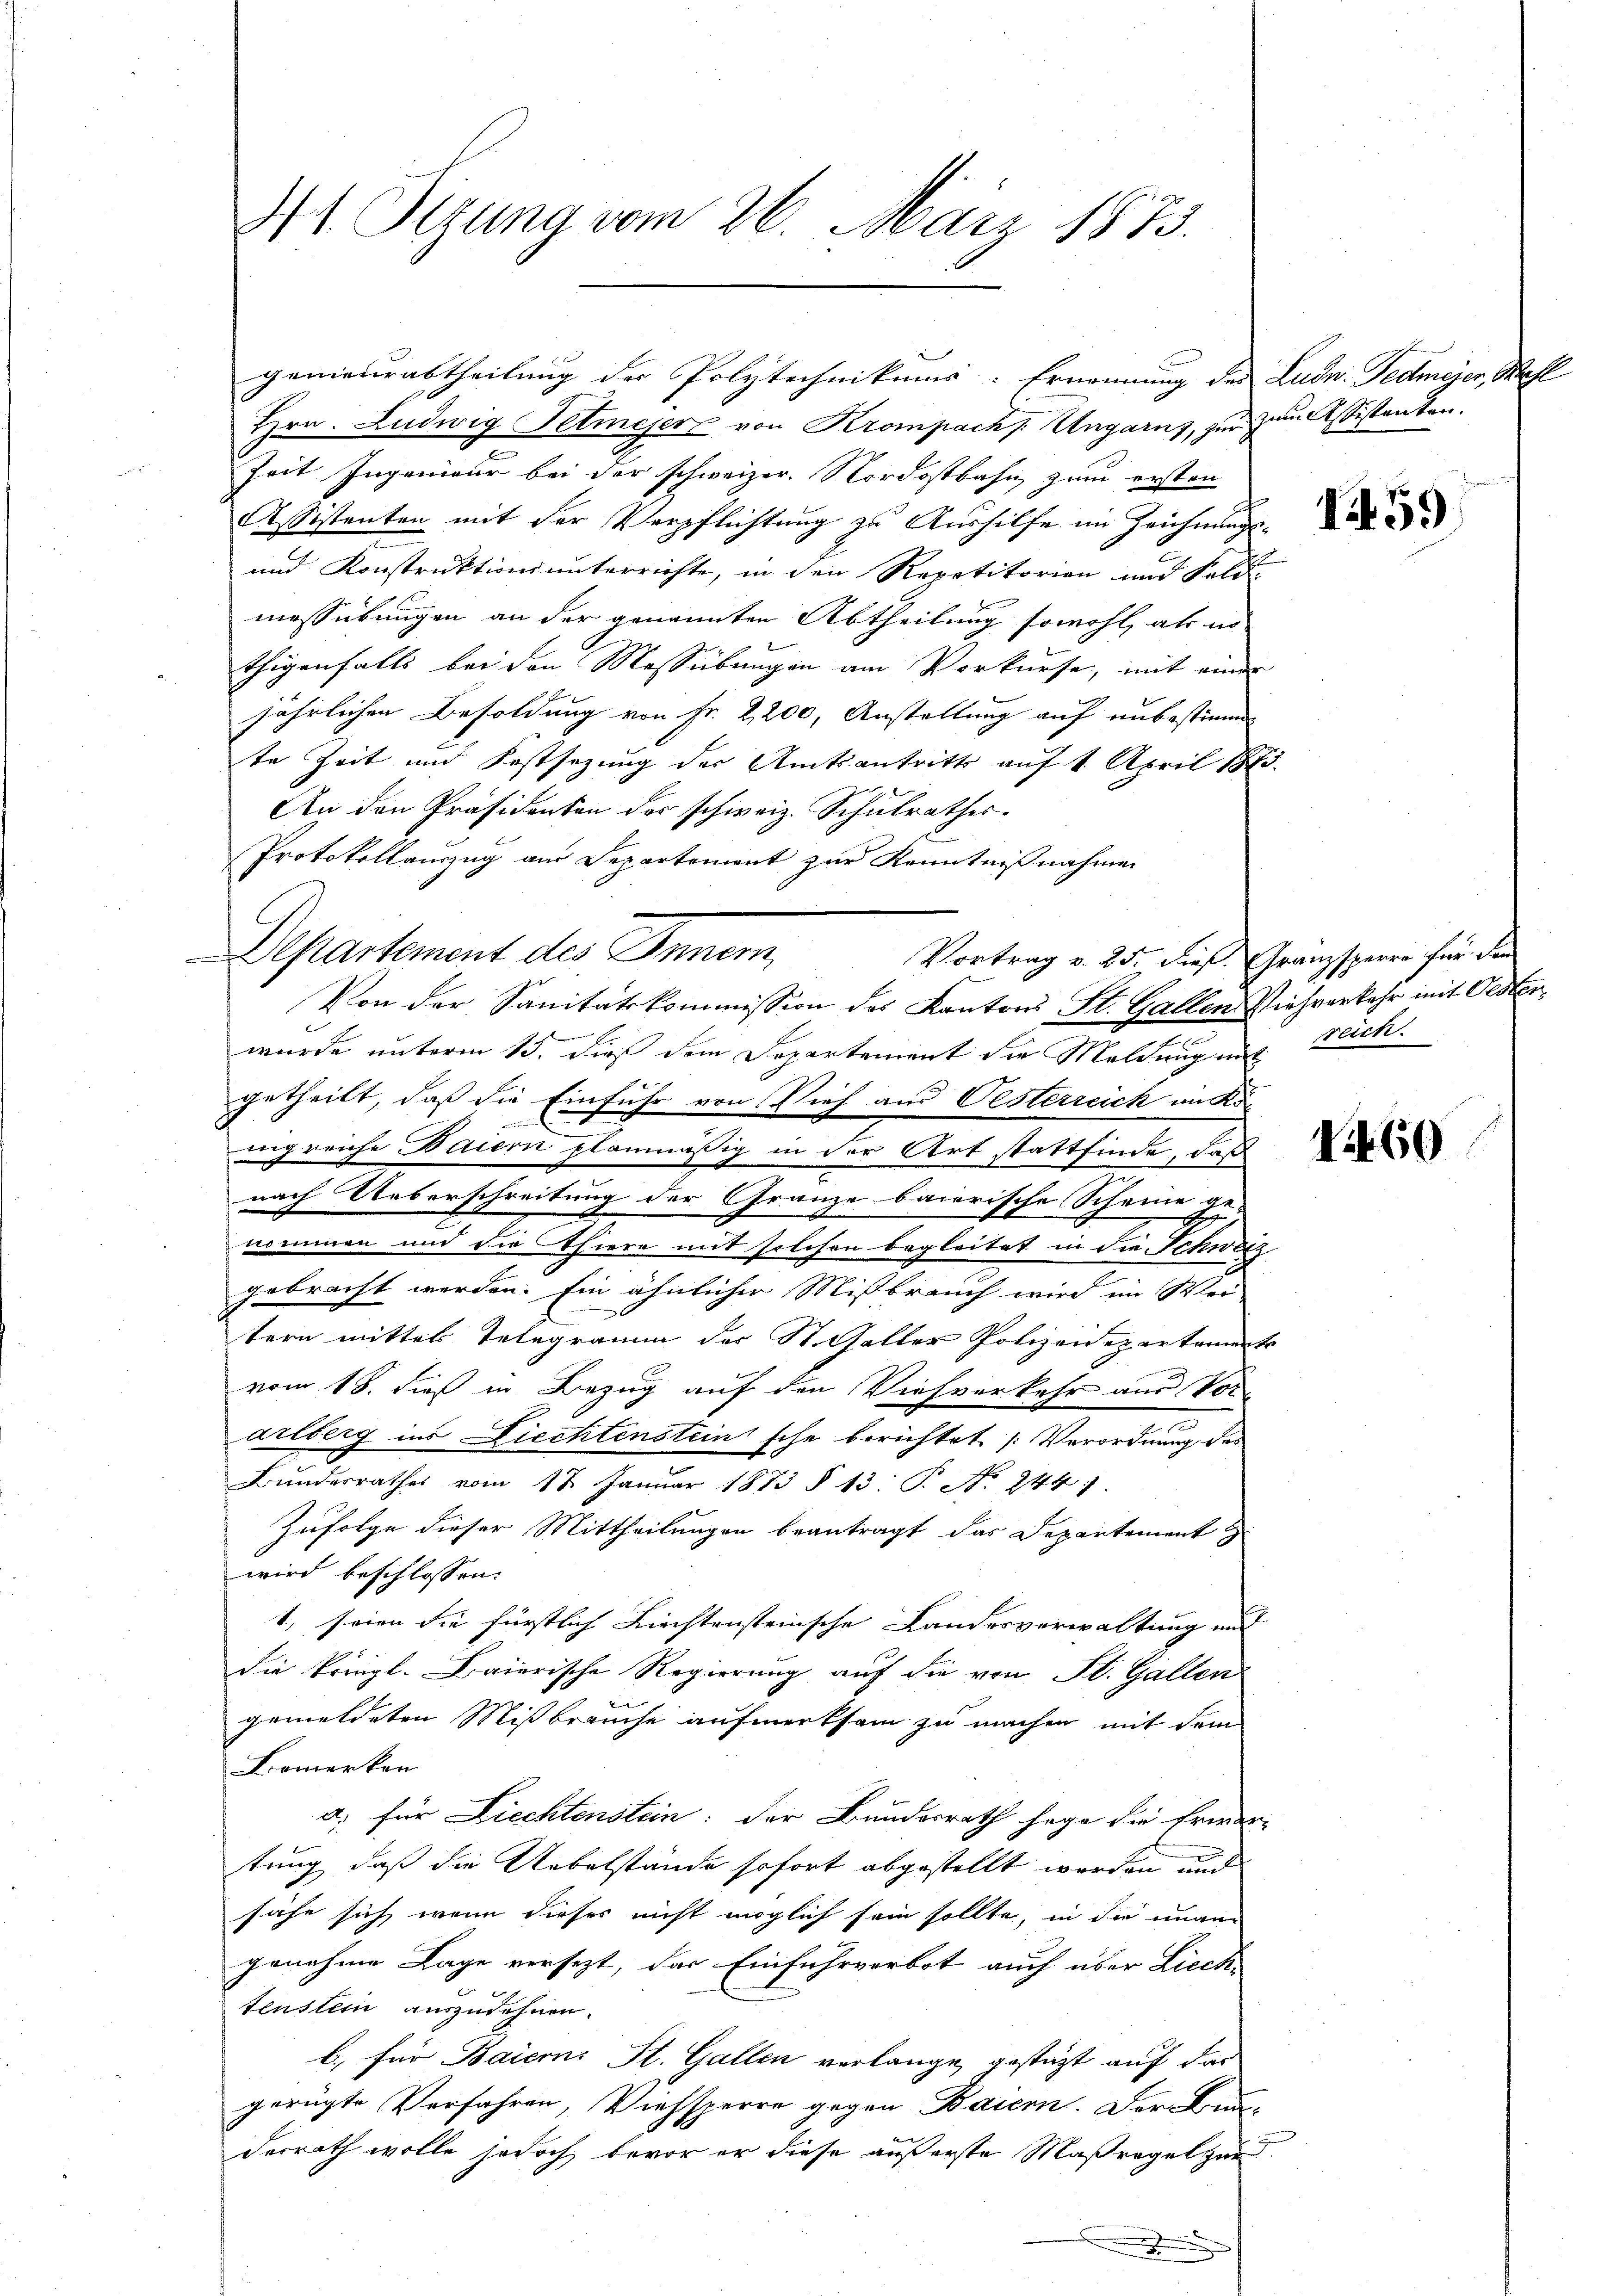
4t. Sizung vom 26. März 1873.

Hrn. Ludwig Fetmeyer von Krompach. Ungarns, zur zu sistanten.
Zeit Ingenieur bei der schweizer. Nordostbahn zum ersten
Assistenten mit der Verpflichtung zu Aushilfe im Zeichnungs-
und Konstruktionsunterrichte, in den Repetitorien und Feld-
messübungen an der genannten Abtheilung sowohl, als unthigenfalls bei den Messübungen am Vorkurse, mit einer
jährlichen Besoldung von Fr. 2200, Anstellung auf unbestimm
te Zeit und Festsezung der Amtsantritts auf 1. April 1873.
An den Präsidenten der schweiz. Schulrathes.
Protokollauszug am Departement zur Kenntnißnahmen
Departement des Innern,
Von der Sanitätskommission des Kantons St. Gallen Viehverkehr mit Oester¬
.
wurde unterm 15. dieß dem Departement die Meldung mit reich
getheilt, daß die Einfuhr von Vieh aus Oesterreich im Könngreiche Baiern planmäßig in der Art stattfinde, daß
nach Ueberschreitung der Granze baierische Scheine ge-
nommen und die Thiere mit solchen begleitet in die Schweiz
gebracht werden. Ein ähnlicher Mißbrauch wird im Wei-
tern mittel Telegramm der St. Galler Polizeidepartament
vom 18. dieß in Bezug auf den Viehverkehr aus Vor¬
.
arlberg ins Ziechtenstein sche berichtet (Verordnung des
Bŭndesrathes vom 17. Januar 1873 § 13. P. No. 244 1
Zufolge dieser Mittheilungen beantragt das Departement z
wird beschlossen:
1., seien die fürstlich Liechtensteinsche Landesverwaltung und
die kriegl. Baierische Regierung auf die von St. Gallen
gemeldeten Mißbrauche aufmerksam zu machen mit dem
Bomerken
u. für Liechtenstein: der Bundesrath sage die Erwar-
tung, daß die Uebelstände sofort abgestellt werden und
sähe sich, wenn dieses nicht möglich sein sollte, in die unan-
genehme Lage versezt, das Einfuhrverbot auch über Liechtensten auszudehnen.
b. für Baiern St. Gallen verlange gestützt auf das
gerügte Verfahren, Viehsperre gegen Baiern. Der Bun-
derrath wolle jedoch bevor er diese äußerste Maßregel zur

genieurabtheilung der Polytechnikums. Ernennung des Ludn. Tedmeyer, S

Vortrag v. 25. dieß Granzsperre für den

I59

460